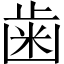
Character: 歯